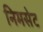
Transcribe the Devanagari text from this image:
निमसेट